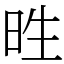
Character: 甠